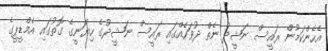
އެހެންކަމުން ރައީސް ނަޝީދު ނެތް ދުވަހެއްގައި ރައީސް ނަޝީދުގެ ހިޔަނީގެ ގޮތުގައި އެމްޑީޕީގެ